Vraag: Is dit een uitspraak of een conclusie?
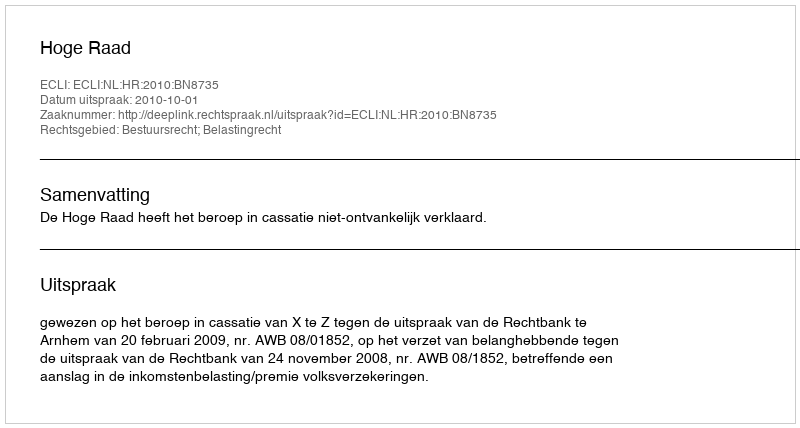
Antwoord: Uitspraak